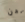
نحن